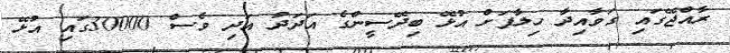
ރާއްޖޭގައި ގަވާއިދާ ހިލާފަށް އުޅޭ ބިދޭސީންގެ އަދަދު އަދި ވެސް 30000ގައި އުޅޭ